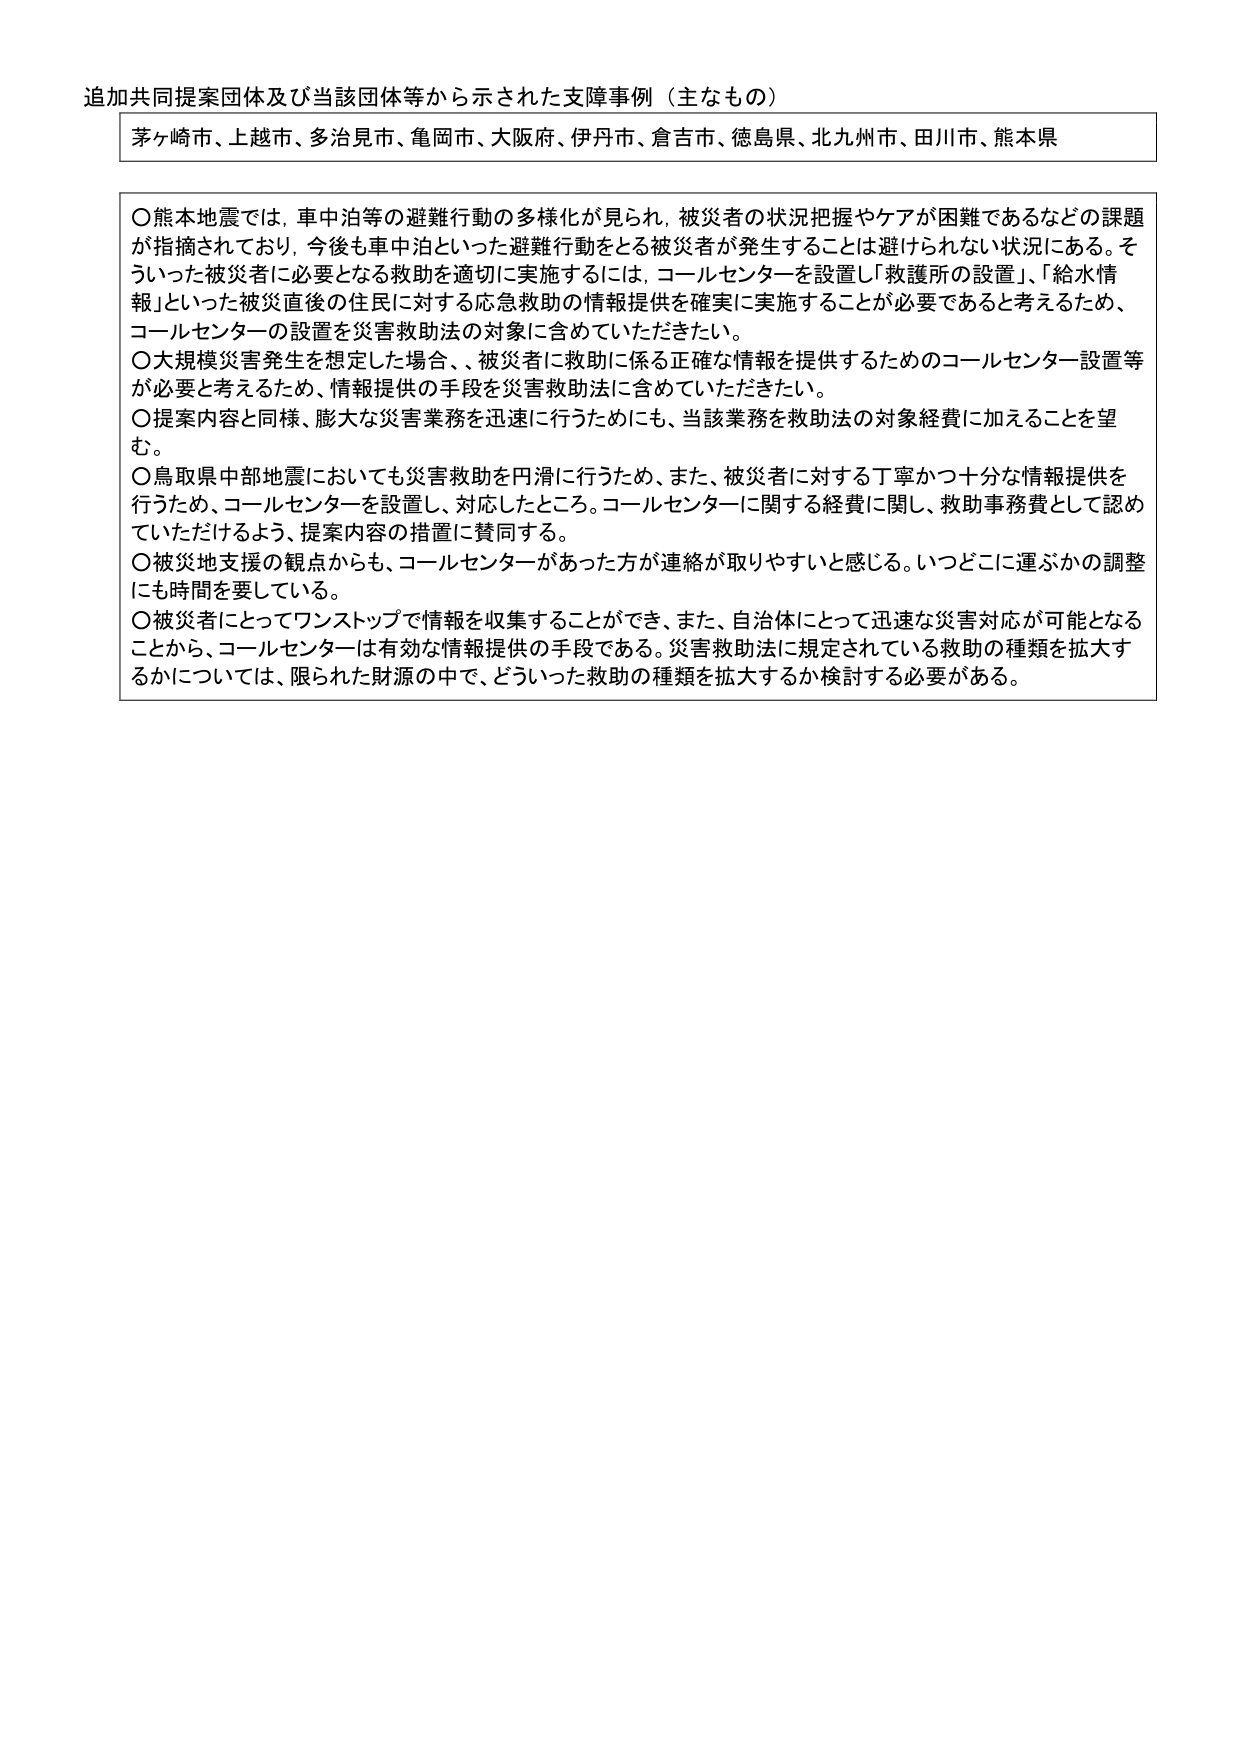
追加共同提案団体及び当該団体等から示された支障事例（主なもの）

茅ヶ崎市、上越市、多治見市、亀岡市、大阪府、伊丹市、倉吉市、徳島県、北九州市、田川市、熊本県

〇熊本地震では、車中泊等の避難行動の多様化が見られ、被災者の状況把握やケアが困難であるなどの課題が指摘されており、今後も車中泊といった避難行動をとる被災者が発生することは避けられない状況にある。そういった被災者に必要となる救助を適切に実施するには、コールセンターを設置し「救護所の設置」、「給水情報」といった被災直後の住民に対する応急救助の情報提供を確実に実施することが必要であると考えるため、コールセンターの設置を災害救助法の対象に含めていただきたい。

〇大規模災害発生を想定した場合、、被災者に救助に係る正確な情報を提供するためのコールセンター設置等が必要と考えるため、情報提供の手段を災害救助法に含めていただきたい。

〇提案内容と同様、膨大な災害業務を迅速に行うためにも、当該業務を救助法の対象経費に加えることを望む。

〇鳥取県中部地震においても災害救助を円滑に行うため、また、被災者に対する丁寧かつ十分な情報提供を行うため、コールセンターを設置し、対応したところ。コールセンターに関する経費に関し、救助事務費として認めていただけるよう、提案内容の措置に賛同する。

〇被災地支援の観点からも、コールセンターがあった方が連絡が取りやすいと感じる。いつどこに運ぶかの調整にも時間を要している。

〇被災者にとってワンストップで情報を収集することができ、また、自治体にとって迅速な災害対応が可能となることから、コールセンターは有効な情報提供の手段である。災害救助法に規定されている救助の種類を拡大するかについては、限られた財源の中で、どういった救助の種類を拡大するか検討する必要がある。